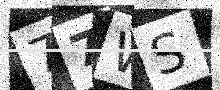
Text: 77WS